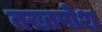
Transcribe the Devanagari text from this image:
तख़्तपोश